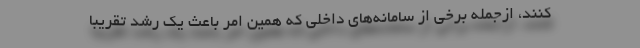
‌کنند، ازجمله برخی از سامانه‌های داخلی که همین امر باعث یک رشد تقریباً